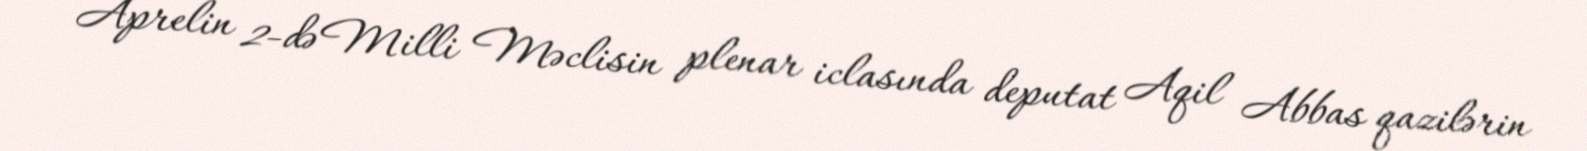
Aprelin 2-də Milli Məclisin plenar iclasında deputat Aqil Abbas qazilərin